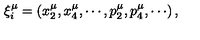
\xi _ { i } ^ { \mu } = \left( x _ { 2 } ^ { \mu } , x _ { 4 } ^ { \mu } , \cdots , p _ { 2 } ^ { \mu } , p _ { 4 } ^ { \mu } , \cdots \right) ,